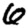
Digit: 6